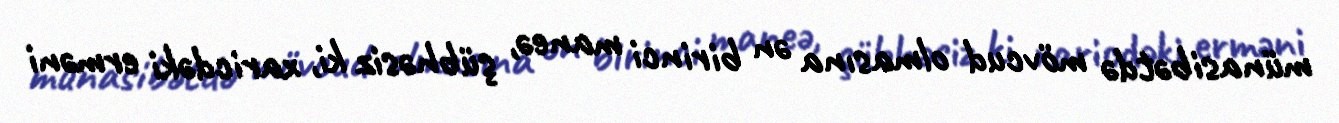
münasibətdə mövcud olmasına ən birinci maneə, şübhəsiz ki, xaricdəki erməni